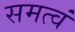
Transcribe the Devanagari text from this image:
समत्वं